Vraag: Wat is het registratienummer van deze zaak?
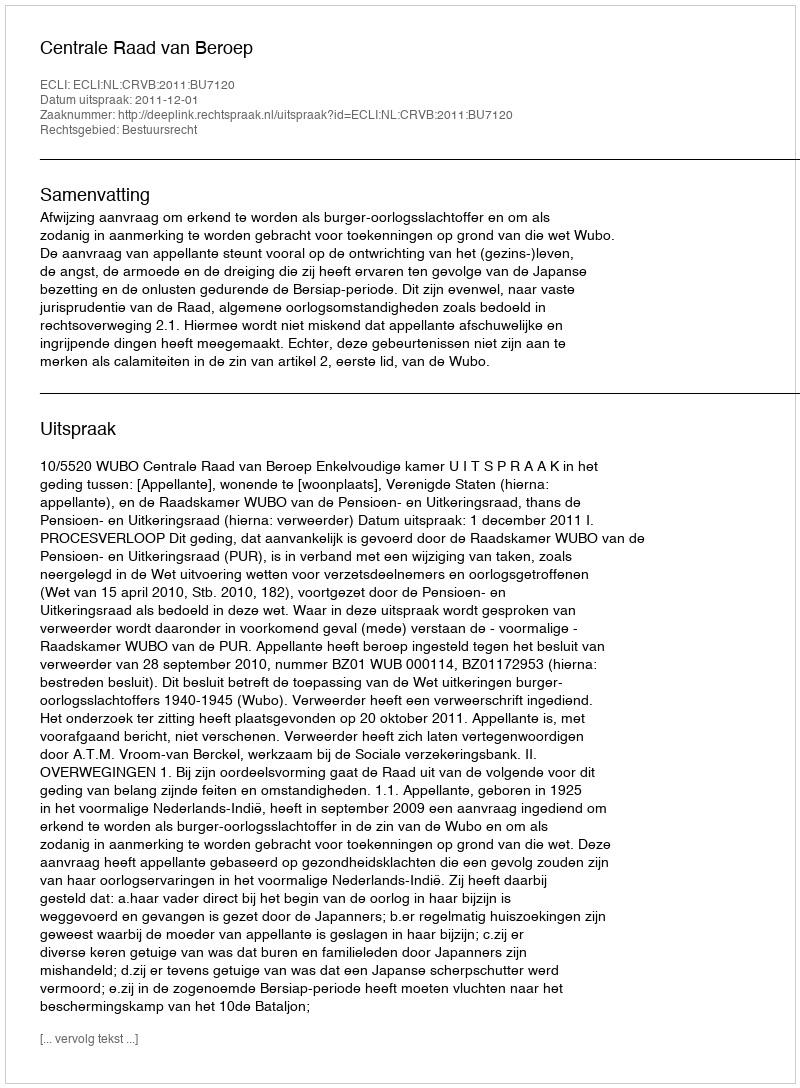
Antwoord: http://deeplink.rechtspraak.nl/uitspraak?id=ECLI:NL:CRVB:2011:BU7120